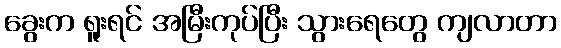
ခွေးက ရူးရင် အမြီးကုပ်ပြီး သွားရေတွေ ကျလာတာ